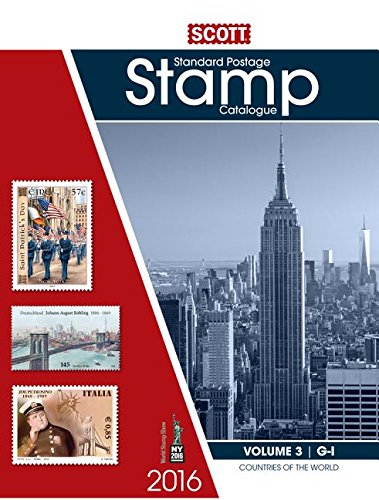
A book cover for Scott Catalogue Volume 3 - (Countries G-I): Standard Postage Stamp Catalogue (Scott Standard Postage Stamp Catalogue Vol 3 Countries G-I); Crafts, Hobbies & Home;